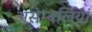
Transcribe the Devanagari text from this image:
असेम्बलियां